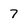
Character: 7